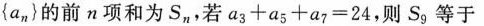
{a_{n}}的前n项和为S_{n}，若$$a_{3}+a_{5}+a_{7}=24$$，则S_{9}等于